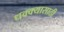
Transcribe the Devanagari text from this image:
धक्क्यासाठी